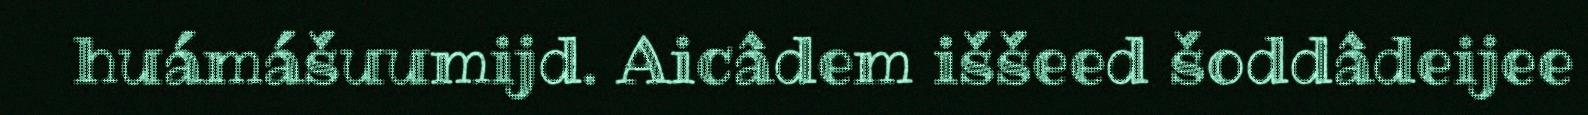
huámášuumijd. Aicâdem iššeed šoddâdeijee